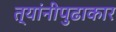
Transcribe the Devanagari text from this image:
त्यांनीपुढाकार